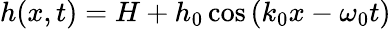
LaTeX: h(x,t)=H+h_{0}\cos\left(k_{0}x-\omega_{0}t\right)